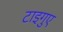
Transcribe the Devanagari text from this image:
टाइगुए